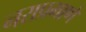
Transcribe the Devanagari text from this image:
नराप्रमाणे